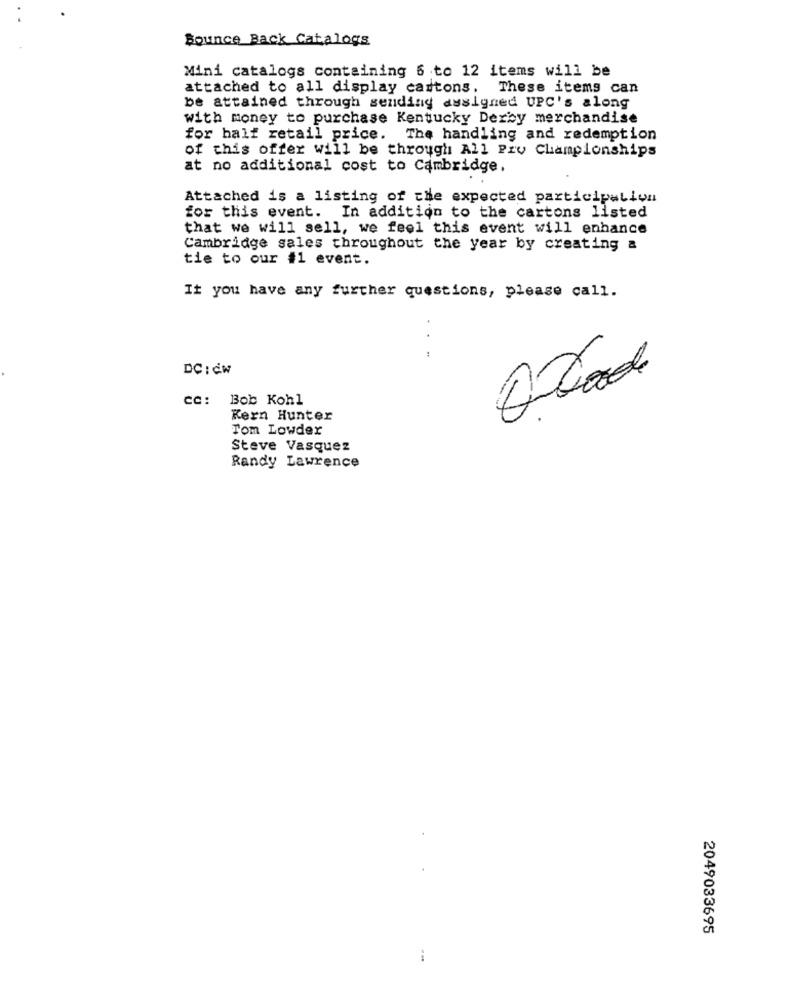
Bounce Back Catalogs
Mini catalogs containing 6 to 12 items will be
attached to all display cartons.
These items can
be attained through sending assigned UPC's along
with money to purchase Kentucky Derby merchandise
for half retail price. The handling and redemption
of this offer will be through All Pro Championships
at no additional cost to Cambridge.
Attached is a listing of the expected participation
for this event. In addition to the cartons listed
that we will sell, we feel this event will enhance
Cambridge sales throughout the year by creating a
tie to our #1 event.
If you have any further questions, please call.
..
DC: 6.w
CC: Bob Kohl
Kern Hunter
Tom Lowder
Steve Vasquez
Randy Lawrence
2049033695